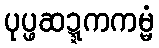
ပုပ္ဖဆဍ္ဍကကမ္မံ